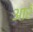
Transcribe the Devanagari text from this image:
आरॅ